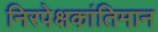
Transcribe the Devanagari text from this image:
निरपेक्षकांतिमान